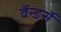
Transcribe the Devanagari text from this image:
वॅन्डर्से